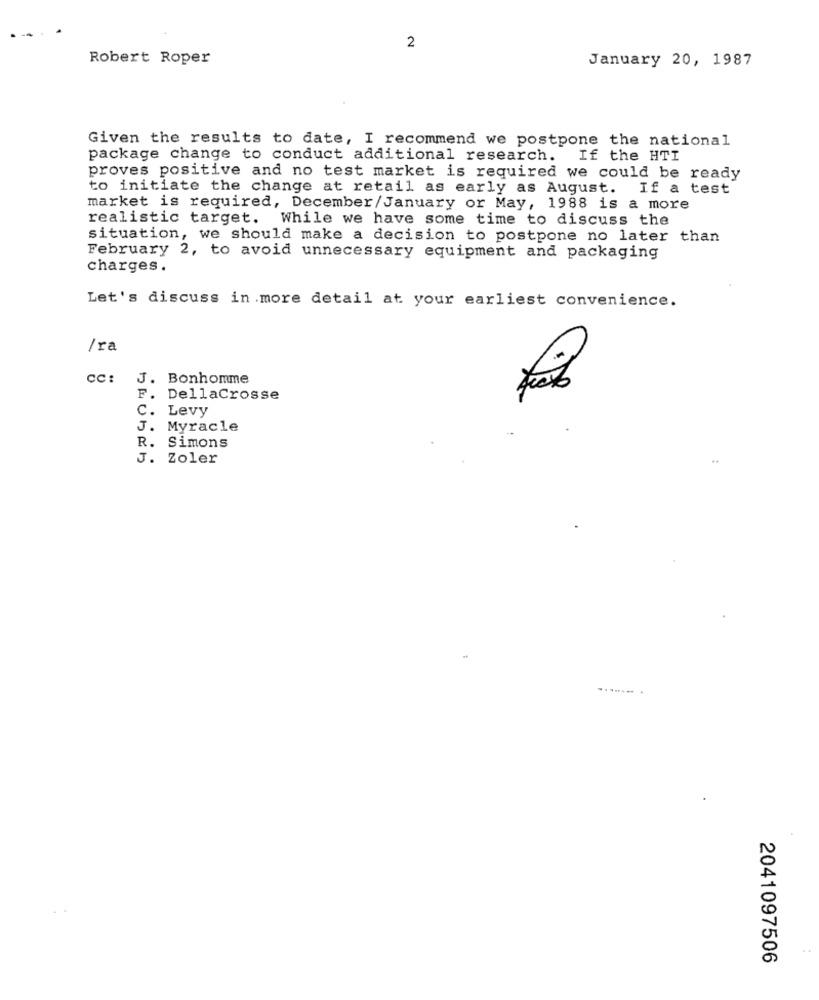
2
Robert Roper
January 20, 1987
Given the results to date, I recommend we postpone the national
package change to conduct additional research. If the HTI
proves positive and no test market is required we could be ready
to initiate the change at retail as early as August. If a test
market is required, December/January or May, 1988 is a more
realistic target. While we have some time to discuss the
situation, we should make a decision to postpone no later than
February 2, to avoid unnecessary equipment and packaging
charges.
Let's discuss in more detail at your earliest convenience.
/ra
CC:
J. Bonhomme
F. DellaCrosse
C. Levy
J. Myracle
R. Simons
J. Zoler
..
2041097506